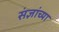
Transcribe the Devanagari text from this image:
संज्ञांच्या